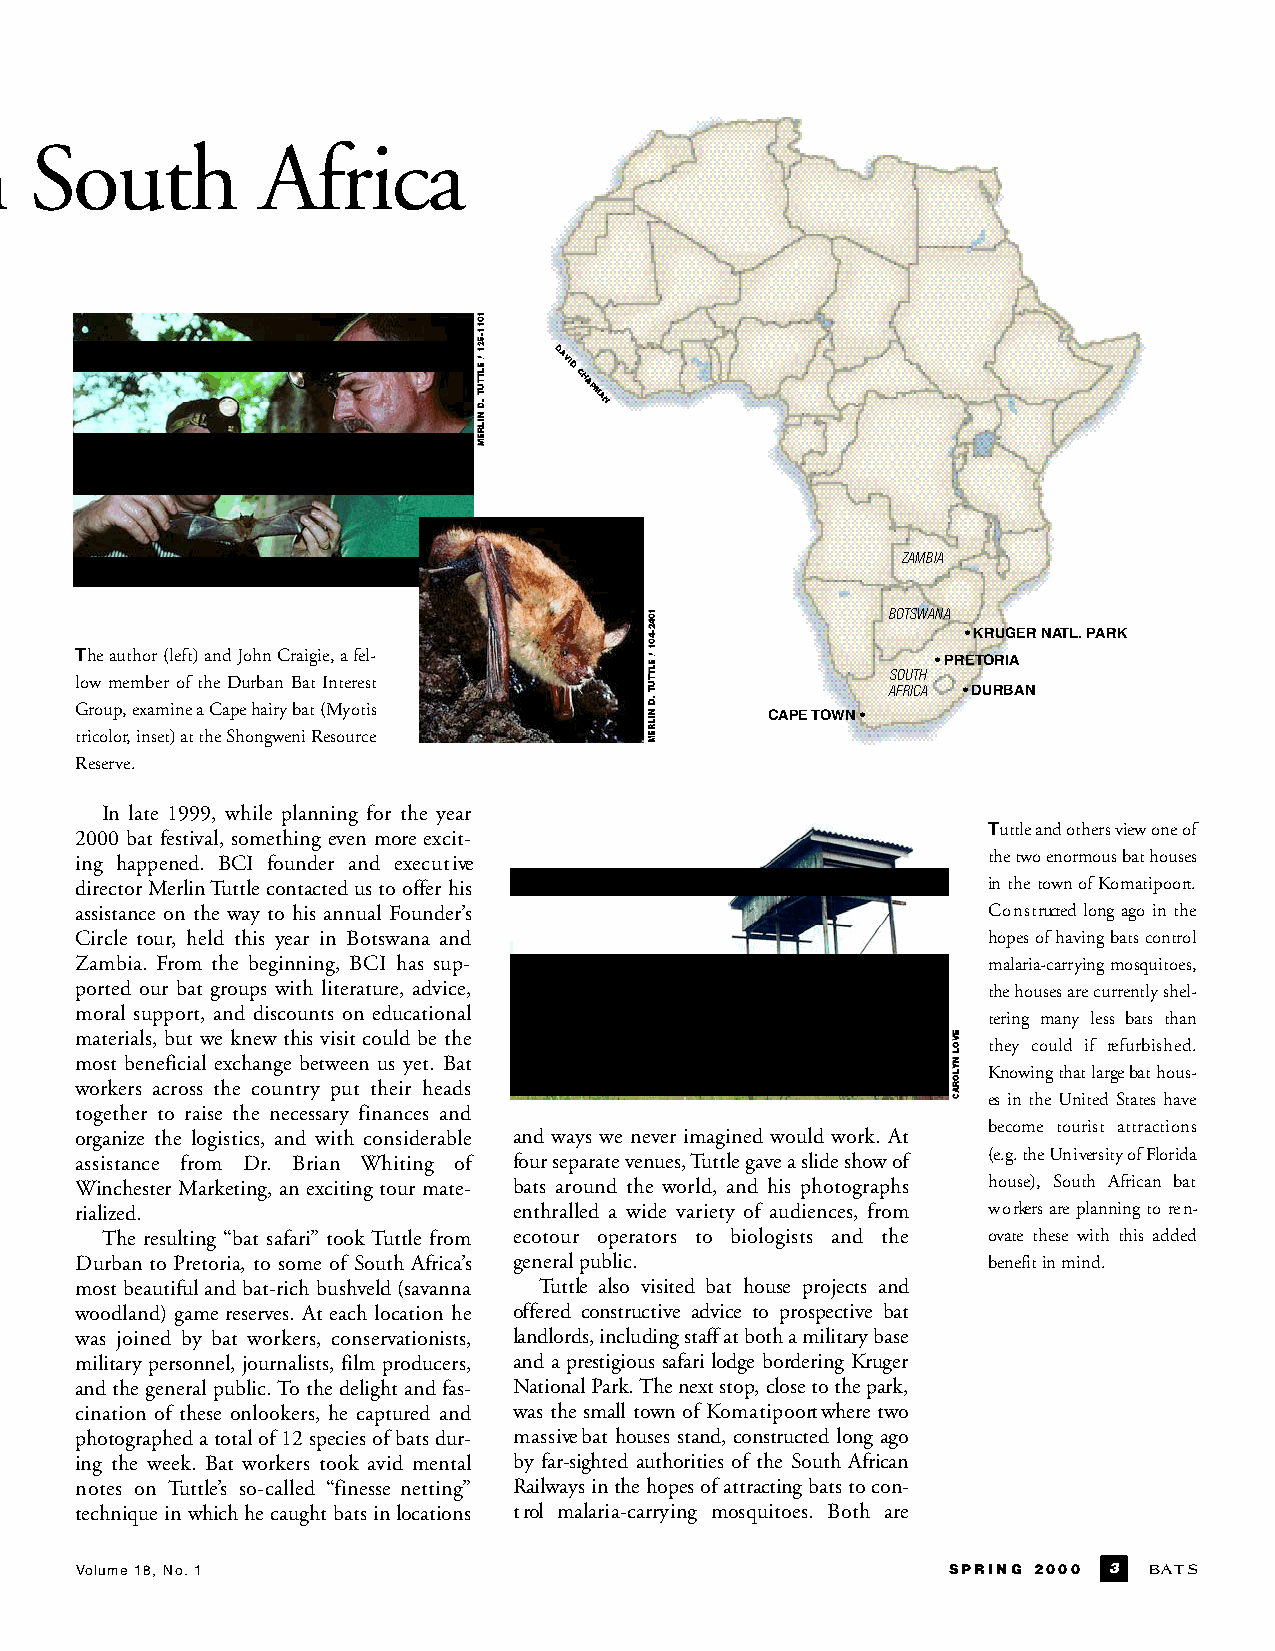
n South          Africa
 ZAMBIA
 BOTSWANA
 •KRUGERNATL.PARK
 Theauthor(left)andJohnCraigie,afel-
 •PRETORIA
 SOUTH
 low member of the Durban Bat Interest
 AFRICA •DURBAN
 Group, examine a Cape hairy bat (Myotis
 CAPETOWN•
 tricolor, inset) at the Shongweni Resource
 Reserve.
 In late 1999, while planning for the year
 Tuttleandothersviewone of
 2000 bat festival, something even more excit-
 ing happened. BCI founder and exe c u t i ve                the two enormous bat houses
 directorMerlinTuttlecontactedustoofferhis                   inthetownofKo m a t i p o o rt .
 assistance on the way to his annual Founder’s               C o n s t ructed long ago in the
 Circle tour, held this year in Botswana and                 hopesofhavingbats contro l
 Zambia. From the beginning, BCI has sup-                    m a l a r i a - c a r ryingmosquitoes,
 ported our bat groups with literature, advice,              thehousesarecurrentlyshel-
 moral support, and discounts on educational
 tering many less bats than
 materials, but we knew this visit could be the
 they could if re f u r b i s h e d .
 most beneficial exchange between us yet. Bat
 K n owing that large bat hous-
 workers across the country put their heads
 es in the United States have
 together to raise the necessary finances and
 become tourist attractions
 organize the logistics, and with considerable and ways we never imagined would work. At
 assistance from Dr. Brian Whiting of four separate venues, Tuttle gave a slide show of (e.g.theUn i versityof Fl o r i d a
 Winchester Marketing, an exciting tour mate- bats around the world, and his photographs house), South African bat
 rialized.                    enthralled a wide variety of audiences, from w o rkersareplanningto re n-
 The resulting “bat safari” tookTuttle from ecotour operators to biologists and the ovate these with this added
 Durban to Pretoria, to some of South Africa’s generalpublic. benefitinmind.
 most beautiful and bat-rich bushveld (savanna Tuttle also visited bat house projects and
 woodland) game reserves. At each location he o f f e red constru c t i ve advice to pro s p e c t i ve bat
 was joined by bat workers, conservationists, l a n d l o rds, including staff atboth a military base
 military personnel, journalists, film producers, and a prestigious safari lodge bordering Kru g e r
 and the general public.To the delight and fas- NationalPa rk.Thenextstop,closetothepark ,
 cination of these onlookers, he captured and was the small town of Ko m a t i p o o rtwhere two
 photographedatotalof12speciesofbatsdur- m a s s i vebat houses stand, constructed long ago
 ing the week. Bat workers took avid mental by far-sighted authorities of the South African
 notes on Tuttle’s so-called “finesse netting” Railwaysinthe hopesofattractingbatstocon-
 techniqueinwhichhecaughtbatsinlocations t rol malaria-carrying mosquitoes. Both are
 Volume 18, No.1                                           SPRING 2000 3 B AT S